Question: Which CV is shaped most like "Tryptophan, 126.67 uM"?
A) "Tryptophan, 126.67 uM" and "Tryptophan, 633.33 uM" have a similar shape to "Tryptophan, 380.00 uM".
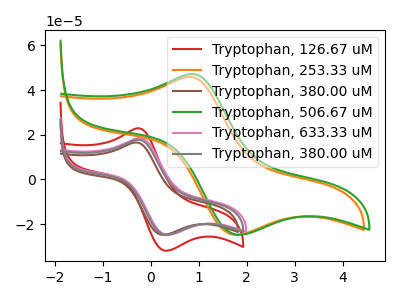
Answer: <think>The red curve "Tryptophan, 126.67 uM" has an anodic peak at (-0.25V, 22.90uA) and a cathodic peak at (0.30V, -31.85uA). The orange curve "Tryptophan, 253.33 uM" has an anodic peak at (0.80V, 45.90uA) and a cathodic peak at (1.75V, -24.70uA). The brown curve "Tryptophan, 380.00 uM" has an anodic peak at (-0.30V, 16.55uA) and a cathodic peak at (0.25V, -24.75uA). The green curve "Tryptophan, 506.67 uM" has an anodic peak at (0.85V, 47.15uA) and a cathodic peak at (1.80V, -24.70uA). The pink curve "Tryptophan, 633.33 uM" has an anodic peak at (-0.25V, 18.45uA) and a cathodic peak at (0.35V, -24.70uA). The gray curve "Tryptophan, 380.00 uM" has an anodic peak at (-0.25V, 17.75uA) and a cathodic peak at (0.30V, -24.70uA).
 "Tryptophan, 126.67 uM" and "Tryptophan, 253.33 uM" have at least one peak that do not match. "Tryptophan, 126.67 uM" and "Tryptophan, 380.00 uM" have at least one peak that do not match. "Tryptophan, 126.67 uM" and "Tryptophan, 506.67 uM" have at least one peak that do not match. All the peaks in "Tryptophan, 126.67 uM" have a peak in "Tryptophan, 633.33 uM" at the same potential. Every peak in "Tryptophan, 126.67 uM" is higher than every peak in "Tryptophan, 633.33 uM". All the peaks in "Tryptophan, 126.67 uM" have a peak in "Tryptophan, 380.00 uM" at the same potential. Every peak in "Tryptophan, 126.67 uM" is higher than every peak in "Tryptophan, 380.00 uM". "Tryptophan, 253.33 uM" and "Tryptophan, 380.00 uM" have at least one peak that do not match. "Tryptophan, 253.33 uM" and "Tryptophan, 506.67 uM" have at least one peak that do not match. "Tryptophan, 253.33 uM" and "Tryptophan, 633.33 uM" have at least one peak that do not match. "Tryptophan, 253.33 uM" and "Tryptophan, 380.00 uM" have at least one peak that do not match. "Tryptophan, 380.00 uM" and "Tryptophan, 506.67 uM" have at least one peak that do not match. "Tryptophan, 380.00 uM" and "Tryptophan, 633.33 uM" have at least one peak that do not match. "Tryptophan, 380.00 uM" and "Tryptophan, 380.00 uM" have at least one peak that do not match. "Tryptophan, 506.67 uM" and "Tryptophan, 633.33 uM" have at least one peak that do not match. "Tryptophan, 506.67 uM" and "Tryptophan, 380.00 uM" have at least one peak that do not match. All the peaks in "Tryptophan, 633.33 uM" have a peak in "Tryptophan, 380.00 uM" at the same potential.</think>
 <answer>A) "Tryptophan, 126.67 uM" and "Tryptophan, 633.33 uM" have a similar shape to "Tryptophan, 380.00 uM".</answer>
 <eval>A</eval>